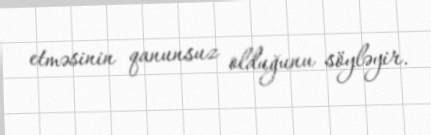
etməsinin qanunsuz olduğunu söyləyir.